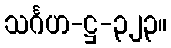
သင်္ဂဟ-ဋ္ဌ-၃၂၃။